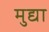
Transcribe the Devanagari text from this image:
मुद्या